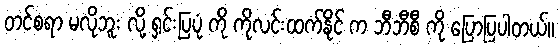
တင်စရာ မလိုဘူး လို့ ရှင်းပြပုံ ကို ကိုလင်းထက်နိုင် က ဘီဘီစီ ကို ပြောပြပါတယ်။